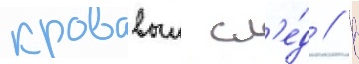
кровавыи сл'е́д // В